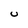
Character: U